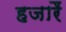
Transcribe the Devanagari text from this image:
हजारैं